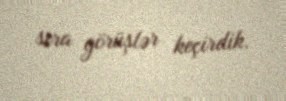
sıra görüşlər keçirdik.